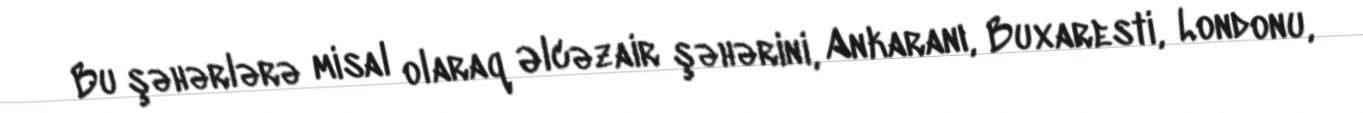
Bu şəhərlərə misal olaraq Əlcəzair şəhərini, Ankaranı, Buxaresti, Londonu,